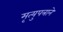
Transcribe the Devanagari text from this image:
मृत्युपत्राने